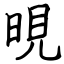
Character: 晛